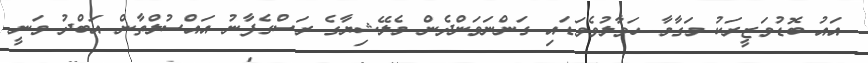
އައު ބޮޑުވަޒީރަކު މަގާމާ ހަވާލުވެވަޑައި ގަންނަވަންދެން މެލޭޝިޔާގެ ރަސްގެފާނު އައްސުލްތާން އަބްދު ވަނީ